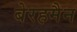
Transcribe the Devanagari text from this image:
बेरहमैन